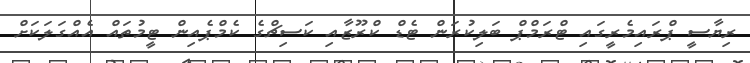
ރިޔާސީ ޕްރައިމެރީގައި ޓްރަމްޕް ބަލިކުރަން ޓެޑް ކްރޫޒާއި ކަސިޗްގެ ކެމްޕެއިން ޓީމުތައް އެއްގަލަކަށް